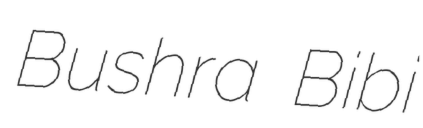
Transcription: Bushra Bibi